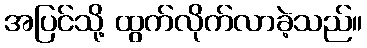
အပြင်သို့ ထွက်လိုက်လာခဲ့သည်။